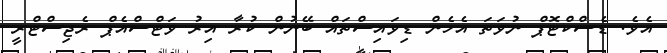
އެވެ. ޑެސްކްޓޮޕް ނުވަތަ އެހެން ޑިވައިސްތައް ބޭނުން ކުރާ އިރު ވަޓްސްއެޕް ރެޖިސްޓްރީ